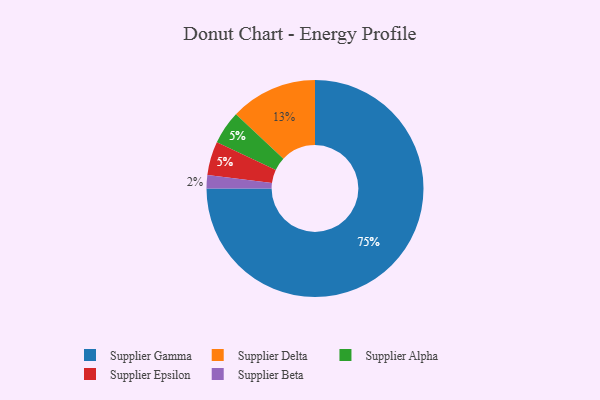
{"axis": {"x": "Category", "y": "Percentage"}, "legend": ["Supplier Alpha", "Supplier Beta", "Supplier Delta", "Supplier Epsilon", "Supplier Gamma"], "data": [{"x": "Supplier Beta", "y": 2, "type": "Supplier Beta"}, {"x": "Supplier Alpha", "y": 5, "type": "Supplier Alpha"}, {"x": "Supplier Gamma", "y": 75, "type": "Supplier Gamma"}, {"x": "Supplier Delta", "y": 13, "type": "Supplier Delta"}, {"x": "Supplier Epsilon", "y": 5, "type": "Supplier Epsilon"}]}